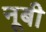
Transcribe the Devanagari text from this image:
नूबी